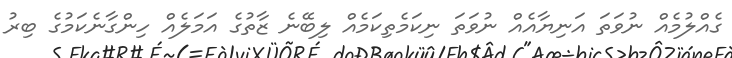
ގެއްލުމެއް ނުވަތަ އަނިޔާއެއް ނުވަތަ ނިކަމެތިކަމެއް ލިބޭނެ ޒާތުގެ އަމަލެއް ހިންގާނެކަމުގެ ބިރު